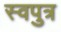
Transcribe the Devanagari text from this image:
स्वपुत्र